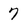
Character: 7